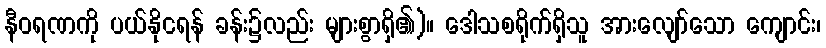
နီဝရဏကို ပယ်နိုငရန် ခန်း၌လည်း များစွာရှိ၏)။ ဒေါသစရိုက်ရှိသူ အားလျော်သော ကျောင်း၊